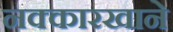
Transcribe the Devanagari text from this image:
नक्कारखाने